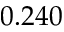
0 . 2 4 0